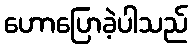
ဟောပြောခဲ့ပါသည်